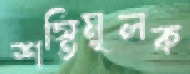
শস্তিমূলক